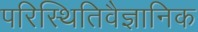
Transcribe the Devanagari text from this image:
परिस्थितिवैज्ञानिक